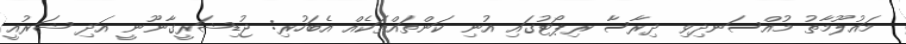
މައުލޫމާތު މުއްސަނދިވި ދިރާސާ ރިޕޯޓުގައި އުނި ކަންތައްތަކެއް އެބަހުރި: ޖުޑިޝަރީގާނޫނީ އަދި ޝަރުއީ